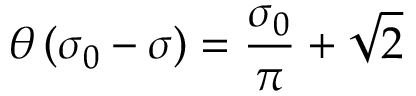
\theta \left( \sigma _ { 0 } - \sigma \right) = \frac { \sigma _ { 0 } } { \pi } + \sqrt { 2 }